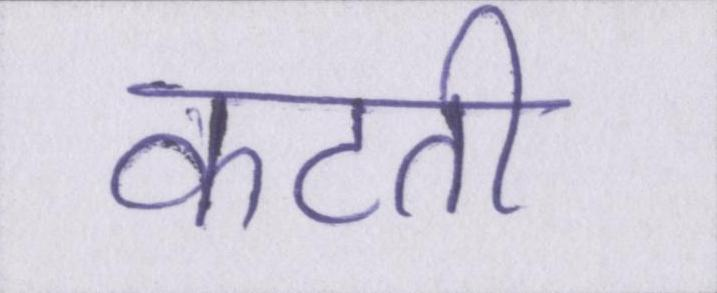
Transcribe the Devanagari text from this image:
कटती